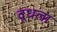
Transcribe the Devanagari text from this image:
दूधला